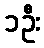
၁ဦး